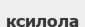
ксилола